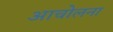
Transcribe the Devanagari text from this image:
आचोलना